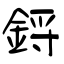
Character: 鋝